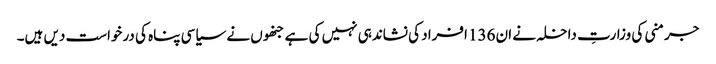
جرمنی کی وزارتِ داخلہ نے ان 136 افراد کی نشاندہی نہیں کی ہے جنھوں نے سیاسی پناہ کی درخواست دیں ہیں۔